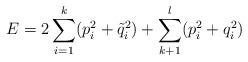
LaTeX: \begin{align*}E = 2\sum_{i=1}^k (p_i^2+\tilde q^2_i) +\sum_{k+1}^l (p_i^2+q_i^2)\end{align*}